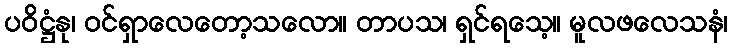
ပဝိဋ္ဌံနု၊ ဝင်ရှာလေတော့သလော။ တာပသ၊ ရှင်ရသေ့။ မူလဖလေသနံ၊